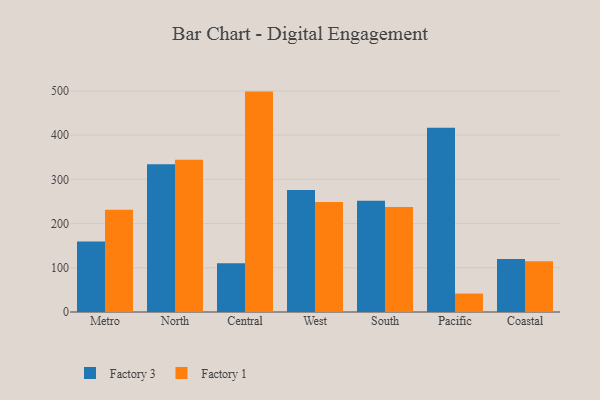
{"axis": {"x": "Region", "y": "Latency (ms)"}, "legend": ["Factory 1", "Factory 3"], "data": [{"x": "Metro", "y": 159.4, "type": "Factory 3"}, {"x": "Metro", "y": 231.1, "type": "Factory 1"}, {"x": "North", "y": 334.4, "type": "Factory 3"}, {"x": "North", "y": 344.5, "type": "Factory 1"}, {"x": "Central", "y": 110.5, "type": "Factory 3"}, {"x": "Central", "y": 498.5, "type": "Factory 1"}, {"x": "West", "y": 276.1, "type": "Factory 3"}, {"x": "West", "y": 248.6, "type": "Factory 1"}, {"x": "South", "y": 251.5, "type": "Factory 3"}, {"x": "South", "y": 237.4, "type": "Factory 1"}, {"x": "Pacific", "y": 417.0, "type": "Factory 3"}, {"x": "Pacific", "y": 41.7, "type": "Factory 1"}, {"x": "Coastal", "y": 119.8, "type": "Factory 3"}, {"x": "Coastal", "y": 114.6, "type": "Factory 1"}]}